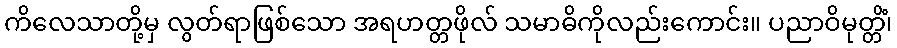
ကိလေသာတို့မှ လွတ်ရာဖြစ်သော အရဟတ္တဖိုလ် သမာဓိကိုလည်းကောင်း။ ပညာဝိမုတ္တိံ၊